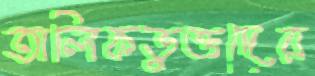
তালিকভুক্তদের